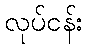
လုပ်ငန်း